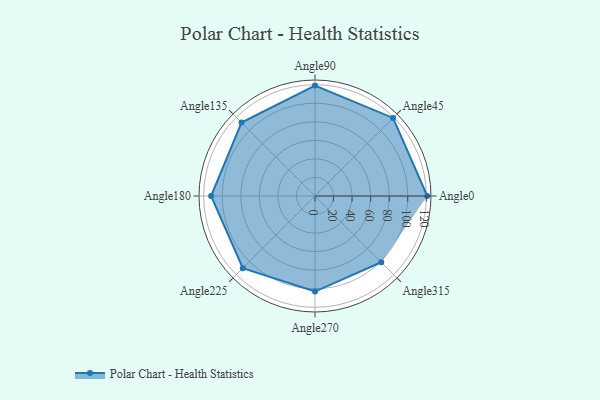
{"axis": {"x": "Angle", "y": "Radius"}, "legend": [""], "data": [{"x": "Angle0", "y": 121.0, "type": ""}, {"x": "Angle45", "y": 119.0, "type": ""}, {"x": "Angle90", "y": 119.0, "type": ""}, {"x": "Angle135", "y": 112.0, "type": ""}, {"x": "Angle180", "y": 112.0, "type": ""}, {"x": "Angle225", "y": 110.0, "type": ""}, {"x": "Angle270", "y": 103.0, "type": ""}, {"x": "Angle315", "y": 101.0, "type": ""}]}